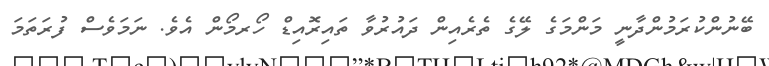
ބޭނުންކުރަމުންދާނީ މަންމަގެ ލޭގެ ތެރެއިން ދައުރުވާ ތައިރޮއިޑް ހޯރމޯން އެވެ. ނަމަވެސް ފުރަތަމަ